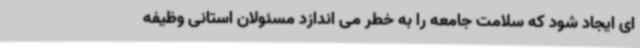
ای ایجاد شود که سلامت جامعه را به خطر می اندازد مسئولان استانی وظیفه